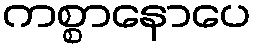
ကစ္စာနောပေ